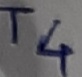
Text: T4